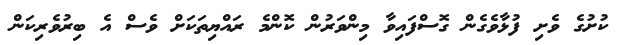
ކުށުގެ ވެށި ފުޅާވެގެން ގޮސްފައިވާ މިންވަރުން ކޮންމެ ރައްޔިތަކަށް ވެސް އެ ބިރުވެރިކަން